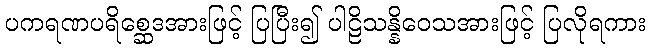
ပကရဏပရိစ္ဆေဒအားဖြင့် ပြပြီး၍ ပါဠိသန္နိဝေသအားဖြင့် ပြလိုရကား